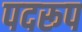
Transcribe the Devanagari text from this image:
पदरूप